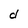
Character: d